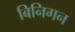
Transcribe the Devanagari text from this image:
बिनिगन